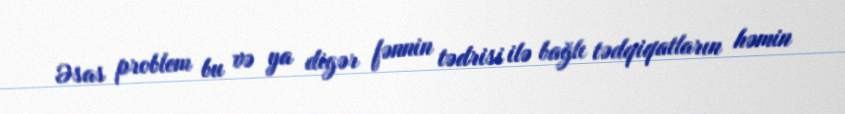
Əsas problem bu və ya digər fənnin tədrisi ilə bağlı tədqiqatların həmin